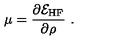
\mu = \frac { \partial { \cal E } _ { \mathrm { H F } } } { \partial \rho } \ .